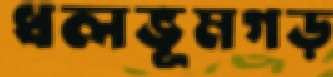
ধলভূমগড়